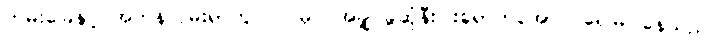
ကမ်းခြေနှင့် အတန်လှမ်းရာတွင် လမုပင်အချို့ ခွဆုံနီးပါးရောက်အောင် ရေမြုပ်နေသည်။